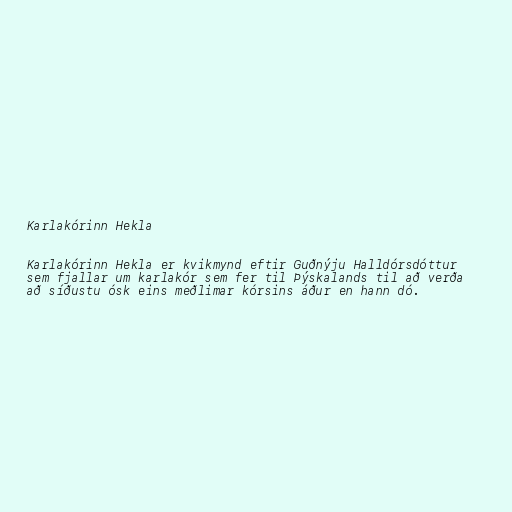
Karlakórinn Hekla

Karlakórinn Hekla er kvikmynd eftir Guðnýju Halldórsdóttur
sem fjallar um karlakór sem fer til Þýskalands til að verða
að síðustu ósk eins meðlimar kórsins áður en hann dó.